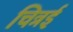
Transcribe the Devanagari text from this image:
चित्रई